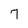
Character: 7